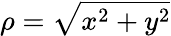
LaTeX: \rho={\sqrt{x^{2}+y^{2}}}